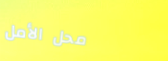
محل الأمل